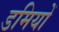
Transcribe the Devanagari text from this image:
डमियों